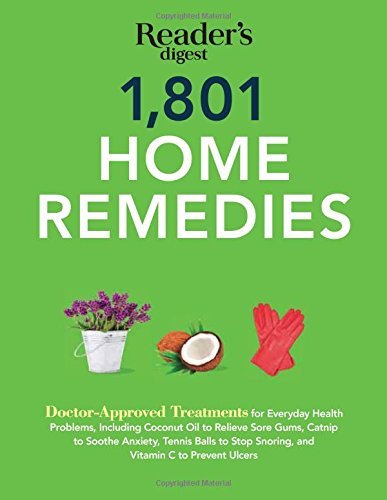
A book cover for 1801 Home Remedies: Doctor-Approved Treatments for Everyday Health Problems Including Coconut Oil to Relieve Sore Gums, Catnip to Sooth Anxiety, ... C to Prevent Ulcers (Save Time, Save Money) by Editors of Reader's Digest (2015) Paperback; Editors of Reader's Digest; Health, Fitness & Dieting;